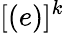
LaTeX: [(e)]^{k}